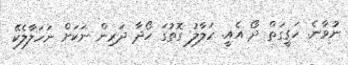
ނުވާނެ. ހަޤީގަތް ދޯ އެއީ. ހަލާލު ގޮތުގަ ހޯދާ ދަރިން ނަކަށް ނަހަލާލެކޭ